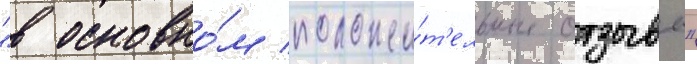
"в основно́м положи́т'ельные отзывы"